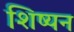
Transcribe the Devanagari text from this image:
शिष्यन